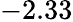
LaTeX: -2.33